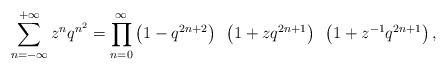
\begin{align*}\sum_{n=-\infty}^{+\infty} z^n q^{n^2} = \prod_{n=0}^\infty\left(1-q^{2n+2}\right)~\left(1+zq^{2n+1}\right)~\left(1+z^{-1}q^{2n+1}\right),\end{align*}